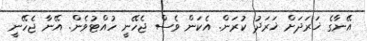
އޭނާގެ ޚަރަދަށް ޚަރަދު ކުރަން. އެކަން ވެސް ޖެހޭނީ ހުއްޓުވެން. އޭނާ ޖެހޭނީ